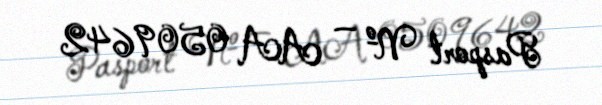
Pasport № — AA 0509642